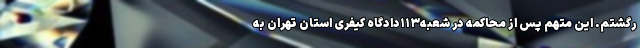
رگشتم. این متهم پس از محاکمه در شعبه‌۱۱۳دادگاه کیفری استان تهران به